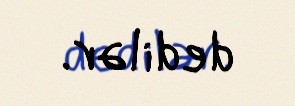
dedilər.